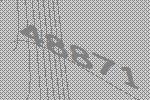
48871